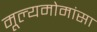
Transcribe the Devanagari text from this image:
मूल्यमोमांसा